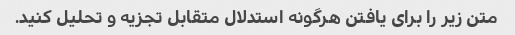
متن زیر را برای یافتن هرگونه استدلال متقابل تجزیه و تحلیل کنید.